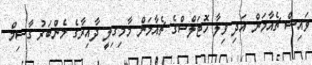
ވައިސް ޗެއާމަން އަދި ވިލާ ހޮޓަލްސްގެ ޗެއާމަން މާމިގިލީ ދާއިރާގެ މެންބަރު ގާސިމް